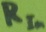
Text: RIn